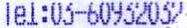
TEL:03-60932032